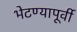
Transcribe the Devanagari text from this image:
भेटण्यापूर्वी